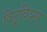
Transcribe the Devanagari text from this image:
विट्रूवियन